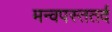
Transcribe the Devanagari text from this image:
मन्वपस्ततर्द